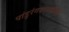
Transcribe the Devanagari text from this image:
पांडुरंगशास्त्रींची